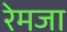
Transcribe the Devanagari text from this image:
रेमजा